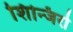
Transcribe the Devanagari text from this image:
शिन्जिरो